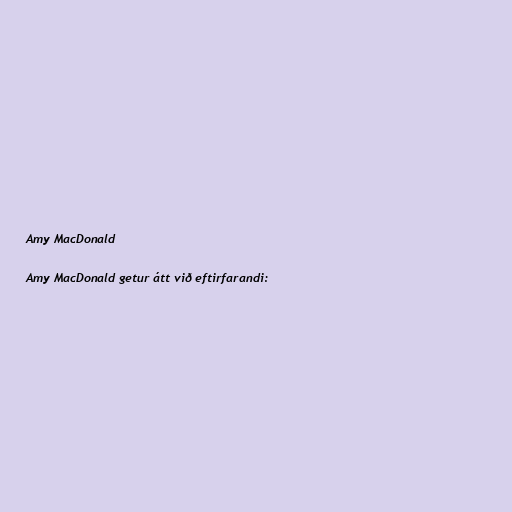
Amy MacDonald

Amy MacDonald getur átt við eftirfarandi: